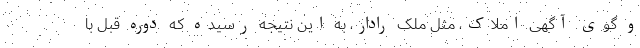
و گوی آگهی املاک، مثل ملک رادار، به این نتیجه رسیده که دوره قبل با